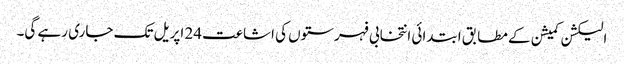
الیکشن کمیشن کے مطابق ابتدائی انتخابی فہرستوں کی اشاعت 24 اپریل تک جاری رہے گی۔